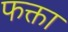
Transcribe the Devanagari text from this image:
फक्ता